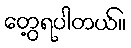
တွေ့ရပါတယ်။